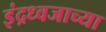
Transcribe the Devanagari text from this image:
इंद्रध्वजाच्या